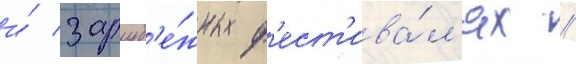
и́ заруб'е́жных ф'ест'ива́л'ях //